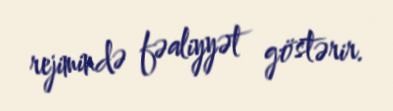
rejimində fəaliyyət göstərir.